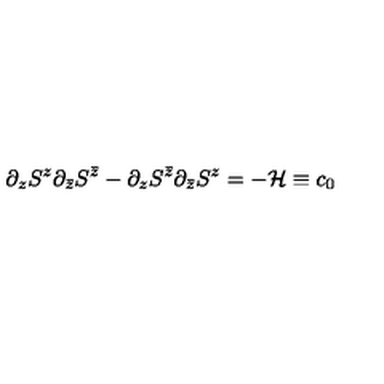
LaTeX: \partial _ { z } S ^ { z } \partial _ { \bar { z } } S ^ { \bar { z } } - \partial _ { z } S ^ { \bar { z } } \partial _ { \bar { z } } S ^ { z } = - { \cal H } \equiv c _ { 0 }